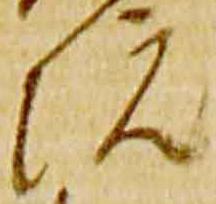
院